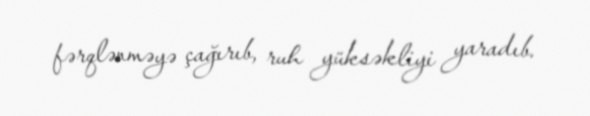
fərqlənməyə çağırıb, ruh yüksəkliyi yaradıb.